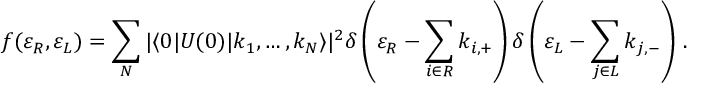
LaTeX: f ( \varepsilon _ { R } , \varepsilon _ { L } ) = \sum _ { N } | \langle 0 | U ( 0 ) | k _ { 1 } , \dots , k _ { N } \rangle | ^ { 2 } \delta \left( \varepsilon _ { R } - \sum _ { i \in R } k _ { i , + } \right) \delta \left( \varepsilon _ { L } - \sum _ { j \in L } k _ { j , - } \right) \, .